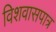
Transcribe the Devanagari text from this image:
विशवासपात्र